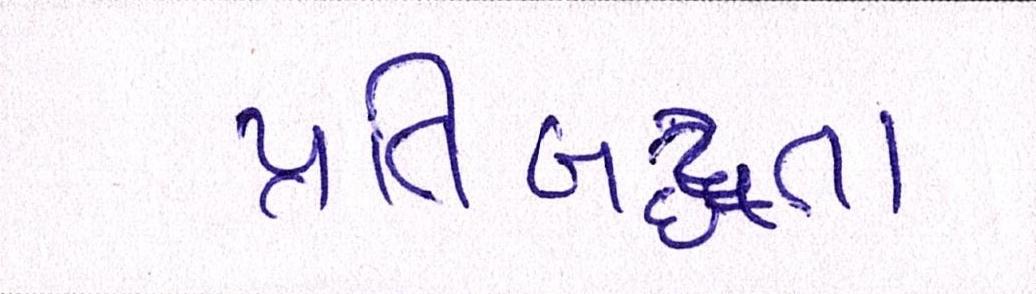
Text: પ્રતિબદ્ધતા